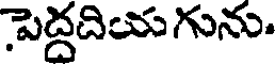
పెద్దదియగును.